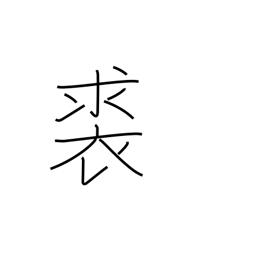
Meaning: leather clothing